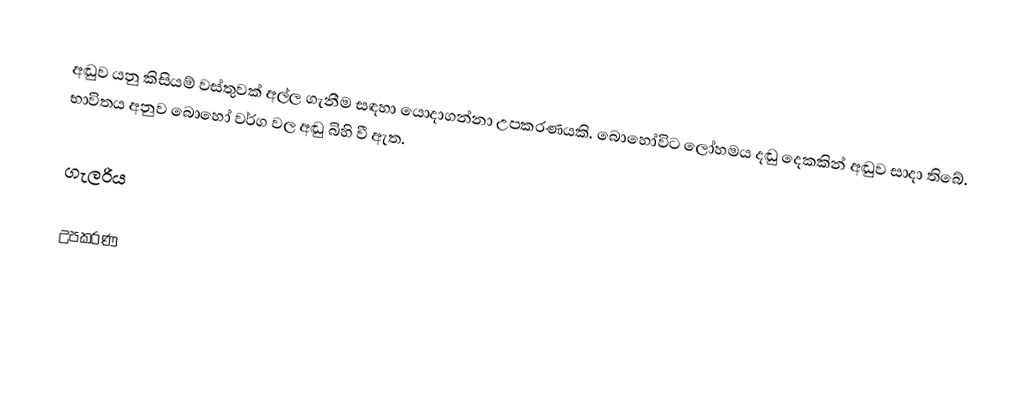
අඬුව යනු කිසියම් වස්තුවක් අල්ල ගැනීම සඳහා යොදාගන්නා උපකරණයකි. බොහෝවිට ලෝහමය දඬු දෙකකින් අඬුව සාදා තිබේ. භාවිතය අනුව බොහෝ වර්ග වල අඬු බිහි වී ඇත.

ගැලරිය

උපකරණ